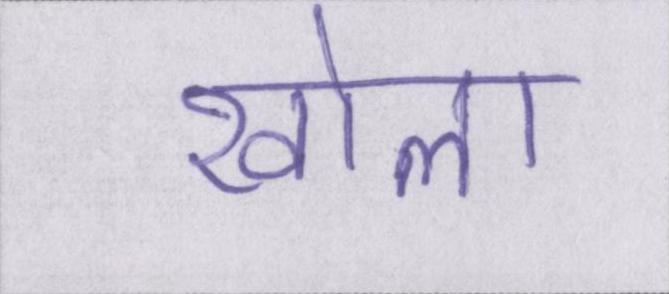
खोला